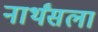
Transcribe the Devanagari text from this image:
नार्थंसला